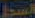
السجل